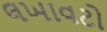
લખાવટો